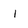
Character: l